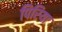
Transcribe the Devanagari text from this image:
पिरिया